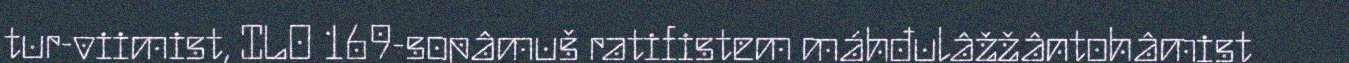
tur-viimist, ILO 169-sopâmuš ratifistem máhđulâžžântohâmist